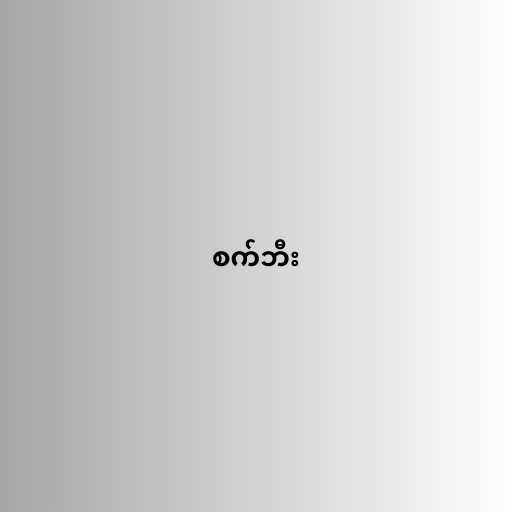
စက်ဘီး